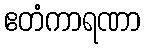
ဧတံကာရဏာ